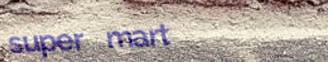
super mart